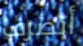
أتصرف